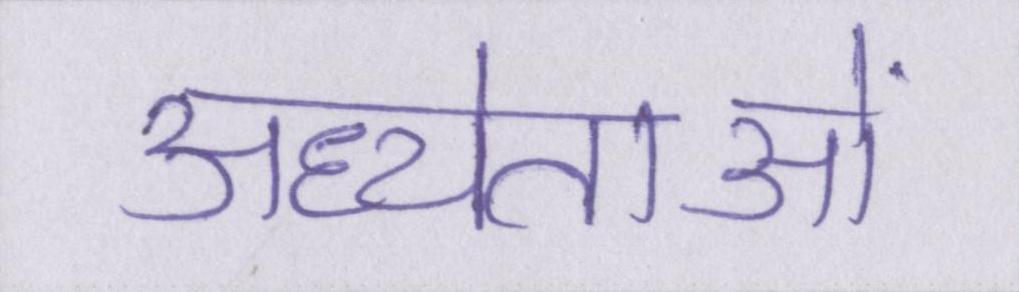
अध्येताओं